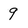
Character: 9